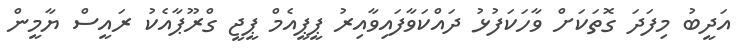
އަދީބު މިފަދަ ގޮތަކަށް ވާހަކަފުޅު ދައްކަވާފައިވާއިރު ޕީޕީއެމް ޕީޖީ ގްރޫޕާއެކު ރައީސް ޔާމީން